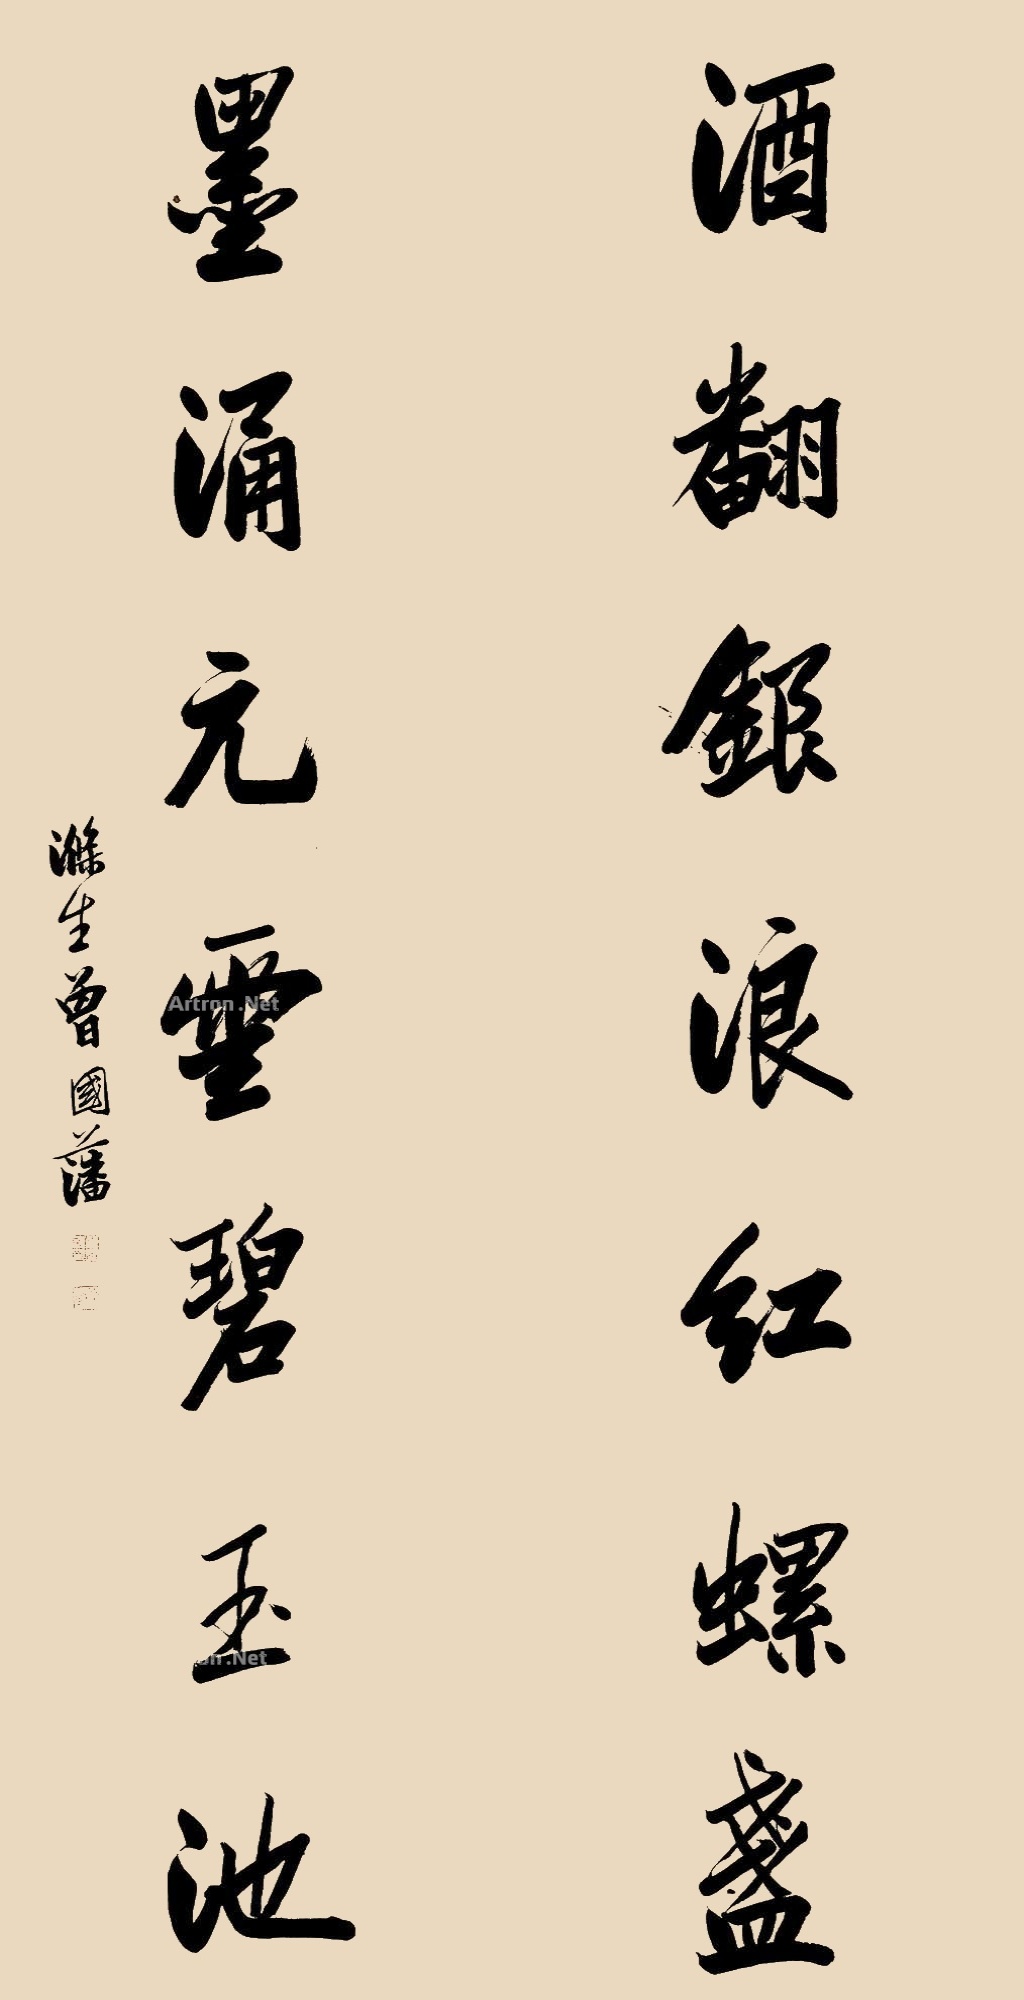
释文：酒翻银浪红罗盏，墨涌元灵碧玉池。涤生曾国藩。